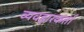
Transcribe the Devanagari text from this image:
व्यवहारकर्ता